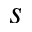
s